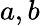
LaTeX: a,b